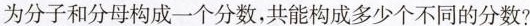
为分子和分母构成一个分数，共能构成多少个不同的分数?